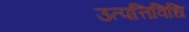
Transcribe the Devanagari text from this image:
उत्पत्तिविधि